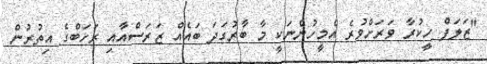
"ޒަލަފް ހީކުރާ ވަރަށްވުރެ އެމީހުންނަކީ މާ ބާރުގަދަ ބައެއް ޒަރަސްއާއި ރަޚަބްގެ އިތުރުން